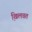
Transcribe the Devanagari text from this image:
खि़लवत